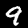
Digit: 9